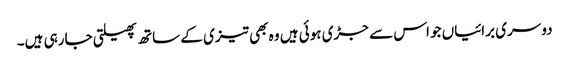
دوسری برائیاں جو اس سے جڑی ہوئی ہیں وہ بھی تیزی کے ساتھ پھیلتی جارہی ہیں۔